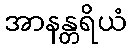
အာနန္တရိယံ